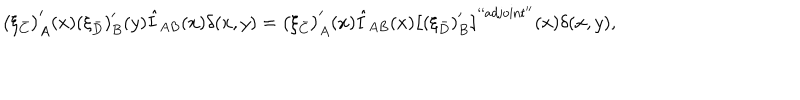
LaTeX: \left( \xi _ { \bar { C } } \right) _ { A } ^ { \prime } ( x ) \left( \xi _ { \bar { D } } \right) _ { B } ^ { \prime } ( y ) \hat { I } _ { A B } ( x ) \delta ( x , y ) = \left( \xi _ { \bar { C } } \right) _ { A } ^ { \prime } ( x ) \hat { I } _ { A B } ( x ) \left[ \left( \xi _ { \bar { D } } \right) _ { B } ^ { \prime } \right] ^ { \mathrm { ` ` a d j o i n t ^ { \prime \prime } } } ( x ) \delta ( x , y ) ,